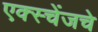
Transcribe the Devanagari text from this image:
एक्स्चेंजचे